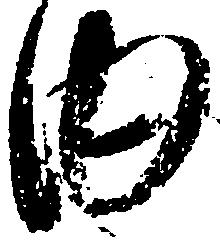
内